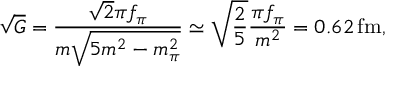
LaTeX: \sqrt { G } = \frac { \sqrt { 2 } \pi f _ { \pi } } { m \sqrt { 5 m ^ { 2 } - m _ { \pi } ^ { 2 } } } \simeq \sqrt { \frac { 2 } { 5 } } \frac { \pi f _ { \pi } } { m ^ { 2 } } = 0 . 6 2 \, \mathrm { f m } ,